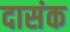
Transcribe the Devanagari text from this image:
दासंक